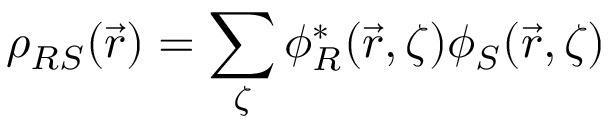
\rho _ { R S } ( \vec { r } ) = \sum _ { \zeta } \phi _ { R } ^ { * } ( \vec { r } , \zeta ) \phi _ { S } ( \vec { r } , \zeta )